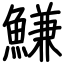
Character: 鰜